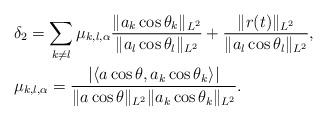
LaTeX: \begin{align*} &\delta_2= \sum_{k\neq l} \mu_{k,l,\alpha}\frac{\|a_k\cos \theta_k\|_{L^2}}{\|a_l\cos \theta_l\|_{L^2}} +\frac{\|r(t)\|_{L^2}}{\|a_l\cos \theta_l\|_{L^2}},\\&\mu_{k,l,\alpha}=\frac{\left| \langle a\cos\theta, a_{k}\cos\theta_{k}\rangle \right|}{\|a\cos\theta\|_{L^2}\|a_k\cos\theta_k\|_{L^2}} .\end{align*}